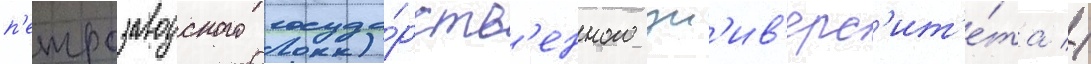
п'етрозаводского госуда́рств'енного ун'ив'ерс'ит'е́та //